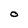
Character: O